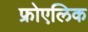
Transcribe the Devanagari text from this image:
फ्रोएलिक